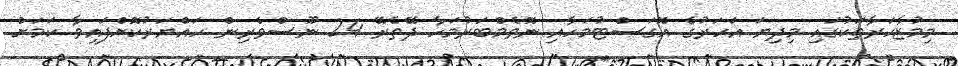
މިމުޒާހަރާތަކުގައި މިދިޔަ އަހަރުގެ އޮގަސްޓުމަހާއި ނޮވެމްބަރުމަހާ ދޭތެރޭ 24 ނޫސްވެރިން ހައްޔަރުކޮށްފައިވާ ކަމަށް